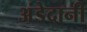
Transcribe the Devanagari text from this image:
अंडेदानी